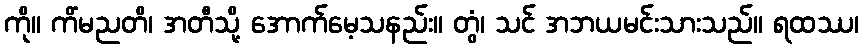
ကို။ ကိံမညတိ၊ အတီသို့ အောက်မေ့သနည်း။ တွံ၊ သင် အဘယမင်းသားသည်။ ရထဿ၊